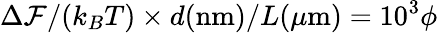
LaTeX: \Delta\mathcal{F}/(k_{B}T)\times d(\mathrm{nm})/L(\mu\mathrm{m})=10^{3}\phi